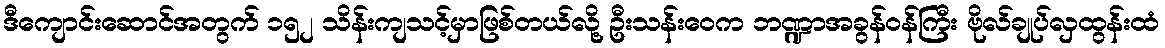
ဒီကျောင်းဆောင်အတွက် ၁၅၂ သိန်းကျသင့်မှာဖြစ်တယ်လို့ ဦးသန်းဝေက ဘဏ္ဍာအခွန်ဝန်ကြီး ဗိုလ်ချုပ်လှထွန်းထံ